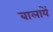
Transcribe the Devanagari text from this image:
बालायें